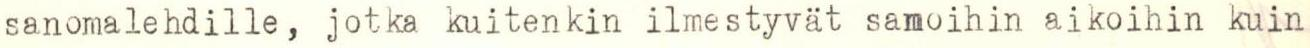
sanomalehdille, jotka kuitenkin ilmestyvät samoihin aikoihin kuin